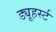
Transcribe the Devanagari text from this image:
ड्यूहर्स्ट